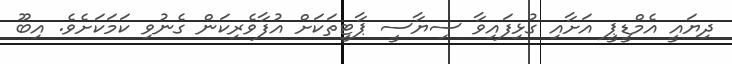
ދިޔައީ އެމްޑީޕީ އަށާއި ގުޅިފައިވާ ސިޔާސީ ޕާޓީތަކަށް އުފާވެރިކަން ގެނުވި ކަމަކަށެވެ. އިބޫ